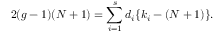
2 ( g - 1 ) ( N + 1 ) = \sum _ { i = 1 } ^ { s } d _ { i } \{ k _ { i } - ( N + 1 ) \} .